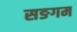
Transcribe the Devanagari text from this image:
सङगम